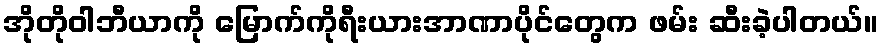
အိုတိုဝါဘီယာကို မြောက်ကိုရီးယားအာဏာပိုင်တွေက ဖမ်း ဆီးခဲ့ပါတယ်။